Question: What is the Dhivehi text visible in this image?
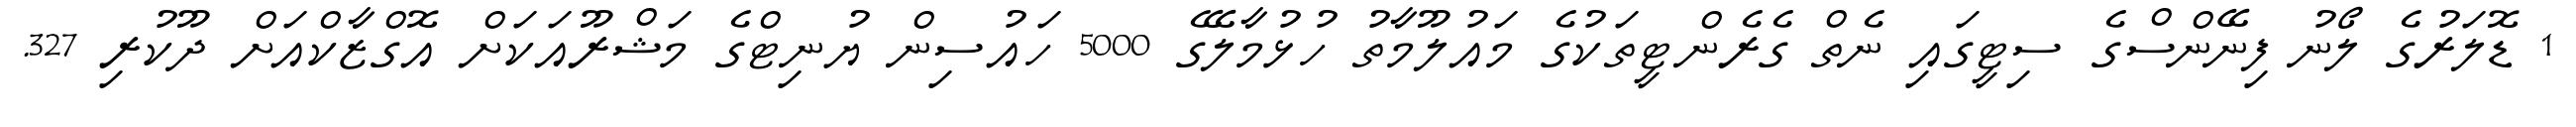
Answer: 1 ޑޮލަރުގެ ލޯނު ފިނޭންސްގެ ސިޓީގައި ނެތް ގެރެންޓީތަކުގެ މައުލޫމާތު ހުޅުމާލޭގެ 5000 ހައުސިން ޔުނިޓްގެ މަޝްރޫއަކަށް އޮގްޒާކްއަށް ދޫކުރި 327.